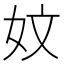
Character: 妏